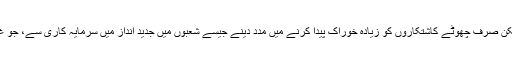
گیٹس مانتے ہیں کہ اس پیشرفت کو جاری رکھنا ممکن ہے، لیکن صرف چھوٹے کاشتکاروں کو زیادہ خوراک پیدا کرنے میں مدد دینے جیسے شعبوں میں جدید انداز میں سرمایہ کاری سے، جو غریبوں میں بھوک اور غربت کے خاتمے کا بہترین طریقہ ہے۔